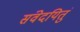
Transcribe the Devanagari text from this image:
संवेदयितुं